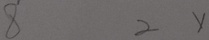
8 2 x